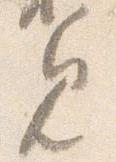
見